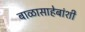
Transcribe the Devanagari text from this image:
बाळासाहेबांशी